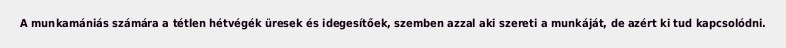
A munkamániás számára a tétlen hétvégék üresek és idegesítőek, szemben azzal aki szereti a munkáját, de azért ki tud kapcsolódni.